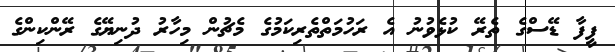
ފީފާ ޑޭސްގެ ތެރޭ ކުޅެވުނު އެ ރަހުމަތްތެރިކަމުގެ މެޗުން މިހާރު ދުނިޔޭގެ ރޭންކިންގެ